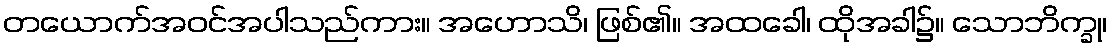
တယောက်အဝင်အပါသည်ကား။ အဟောသိ၊ ဖြစ်၏။ အထခေါ၊ ထိုအခါ၌။ သောဘိက္ခု၊